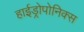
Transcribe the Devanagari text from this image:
हाईड्रोपोनिक्स